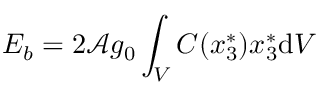
E _ { b } = 2 \mathcal { A } g _ { 0 } \int _ { V } C ( x _ { 3 } ^ { * } ) x _ { 3 } ^ { * } \mathrm { d } V